Indian journal of veterinary science and animal husbandry - Volumes 15-17, 1948-1951
Year: 1948
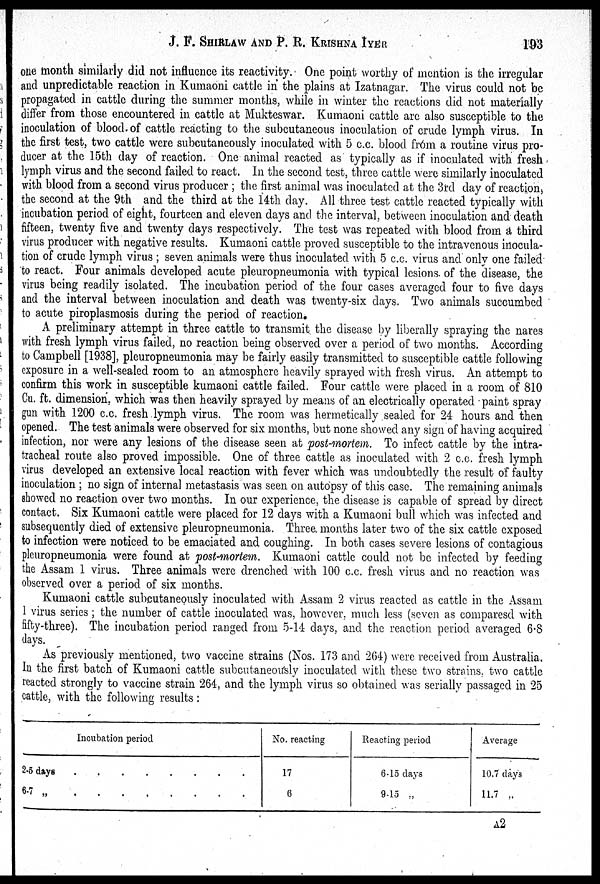
J. F. SHIRLAW AND P. R.
KRISHNA
IYER
193
one month similarly did not influence its reactivity. One point worthy of mention is the irregular
and unpredictable reaction in Kumaoni cattle in the plains at Izatnagar. The virus could not be
propagated in cattle during the summer months, while in winter the reactions did not materially
differ from those encountered in cattle at Mukteswar. Kumaoni cattle are also susceptible to the
inoculation of blood of cattle reacting to the subcutaneous inoculation of crude lymph virus. In
the first test, two cattle were subcutaneously inoculated with 5 c.c. blood from a routine virus pro-
ducer at the 15th day of reaction. One animal reacted as typically as if inoculated with fresh
lymph virus and the second failed to react. In the second test, three cattle were similarly inoculated
with blood from a second virus producer; the first animal was inoculated at the 3rd day of reaction,
the second at the 9th and the third at the 14th day. All three test cattle reacted typically with
incubation period of eight, fourteen and eleven days and the interval, between inoculation and death
fifteen, twenty five and twenty days respectively. The test was repeated with blood from a third
virus producer with negative results. Kumaoni cattle proved susceptible to the intravenous inocula-
tion of crude lymph virus; seven animals were thus inoculated with 5 c.c. virus and only one failed
to react. Four animals developed acute pleuropneumonia with typical lesions of the disease, the
virus being readily isolated. The incubation period of the four cases averaged four to five days
and the interval between inoculation and death was twenty-six days. Two animals succumbed
to acute piroplasmosis during the period of reaction
A preliminary attempt in three cattle to transmit the disease by liberally spraying the nares
with fresh lymph virus failed, no reaction being observed over a period of two months. According
to Campbell [1938], pleuropneumonia may be fairly easily transmitted to susceptible cattle following
exposure in a well-sealed room to an atmosphere heavily sprayed with fresh virus. An attempt to
confirm this work in susceptible kumaoni cattle failed. Four cattle were placed in a room of 810
Cu. ft. dimension, which was then heavily sprayed by means of an electrically operated paint spray
gun with 1200 c.c. fresh lymph virus. The room was hermetically sealed for 24 hours and then
opened. The test animals were observed for six months, but none showed any sign of having acquired
infection, nor were any lesions of the disease seen at post-mortem. To infect cattle by the intra-
tracheal route also proved impossible. One of three cattle as inoculated with 2 c.c. fresh lymph
virus developed an extensive local reaction with fever which was undoubtedly the result of faulty
inoculation; no sign of internal metastasis was seen on autopsy of this case. The remaining animals
showed no reaction over two months. In our experience, the disease is capable of spread by direct
contact. Six Kumaoni cattle were placed for 12 days with a Kumaoni bull which was infected and
subsequently died of extensive pleuropneumonia. Three months later two of the six cattle exposed
to infection were noticed to be emaciated and coughing. In both cases severe lesions of contagious
pleuropneumonia were found at post-mortem. Kumaoni cattle could not be infected by feeding
the Assam 1 virus. Three animals were drenched with 100 c.c. fresh virus and no reaction was
observed over a period of six months.
Kumaoni cattle subcutaneously inoculated with Assam 2 virus reacted as cattle in the Assam
1 virus series; the number of cattle inoculated was, however, much less (seven as comparesd with
fifty-three). The incubation period ranged from 5-14 days, and the reaction period averaged 6.8
days.
As previously mentioned, two vaccine strains (Nos. 173 and 264) were received from Australia.
In the first batch of Kumaoni cattle subcutaneously inoculated with these two strains, two cattle
reacted strongly to vaccine strain 264, and the lymph virus so obtained was serially passaged in 25
cattle, with the following results:
Incubation period
2-5 days . . . . . . . .
6-7 „ . . . . . . . .
No. reacting
17
6
Reacting period
6-15 days
9-15 „
Average
10.7 days
11.7 „
A 2